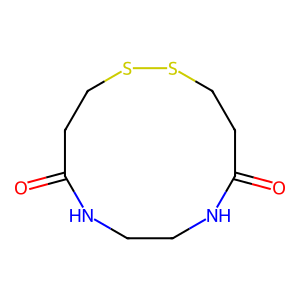
SMILES: O=C1CCSSCCC(=O)NCCN1
Inhibits HIV replication: No